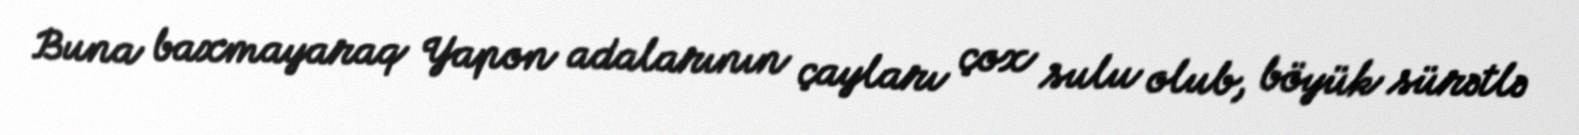
Buna baxmayaraq Yapon adalarının çayları çox sulu olub, böyük sürətlə